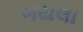
ગયલા